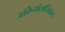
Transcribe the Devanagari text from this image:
अर्कियोलाजिकल